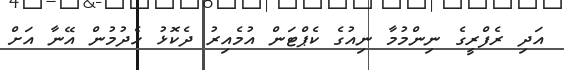
އަދި ރެފްރީގެ ނިންމުމާ ނިއުގެ ކެޕްޓަން އުމެއިރު ދެކޮޅު ހެދުމުން އޭނާ އަށް